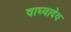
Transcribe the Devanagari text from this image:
वाघ्यादेव